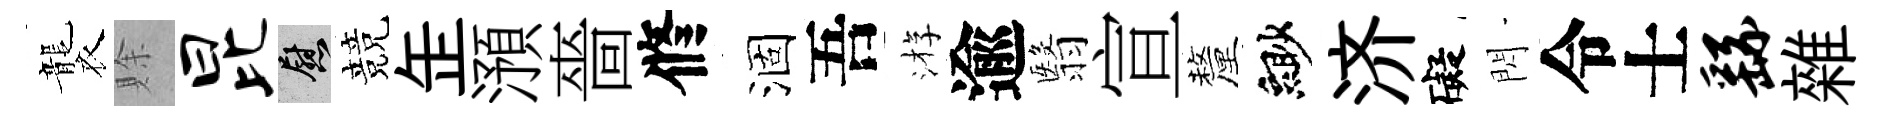
襲賖昆慰競𦈢澦嗇修涸吾㳺逾翳宣釐緲济礙閃令士繇雜